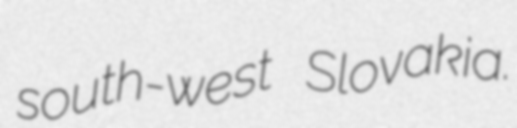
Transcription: south-west Slovakia.